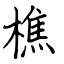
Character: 樵